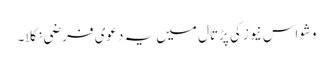
وشواس نیوز کی پڑتال میں یہ دعوی فرضی نکلا۔